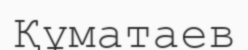
Құматаев